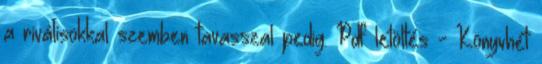
a riválisokkal szemben tavasszal pedig. Pdf letöltés - Könyvhét